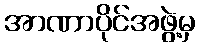
အာဏာပိုင်အဖွဲ့မှ